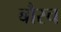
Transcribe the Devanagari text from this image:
बौस्च